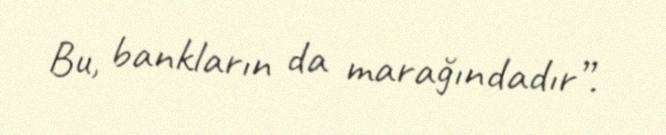
Bu, bankların da marağındadır”.